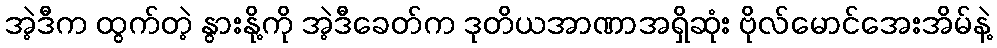
အဲ့ဒီက ထွက်တဲ့ နွားနို့ကို အဲ့ဒီခေတ်က ဒုတိယအာဏာအရှိဆုံး ဗိုလ်မောင်အေးအိမ်နဲ့